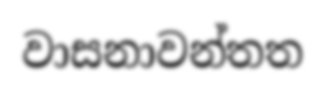
වාසනාවන්තත